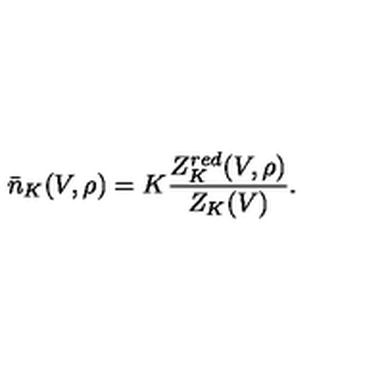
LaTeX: \bar { n } _ { K } ( V , \rho ) = K \frac { Z _ { K } ^ { r e d } ( V , \rho ) } { Z _ { K } ( V ) } .